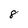
Character: 8